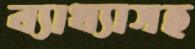
ব্যাখ্যাসহ